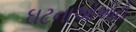
ઘટનાઓઓટો